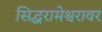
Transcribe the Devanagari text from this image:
सिद्धरामेश्वरावर